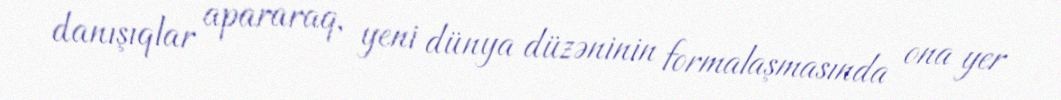
danışıqlar apararaq, yeni dünya düzəninin formalaşmasında ona yer